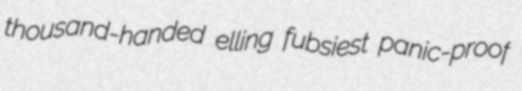
thousand-handed elling fubsiest panic-proof